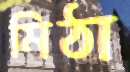
মিঠা